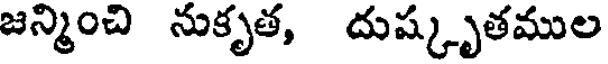
జన్మించి నుకృత, దుష్కృతముల